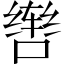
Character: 辔